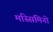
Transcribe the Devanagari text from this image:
मस्सिमिनो